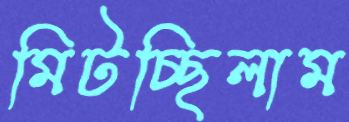
মিটচ্ছিলাম